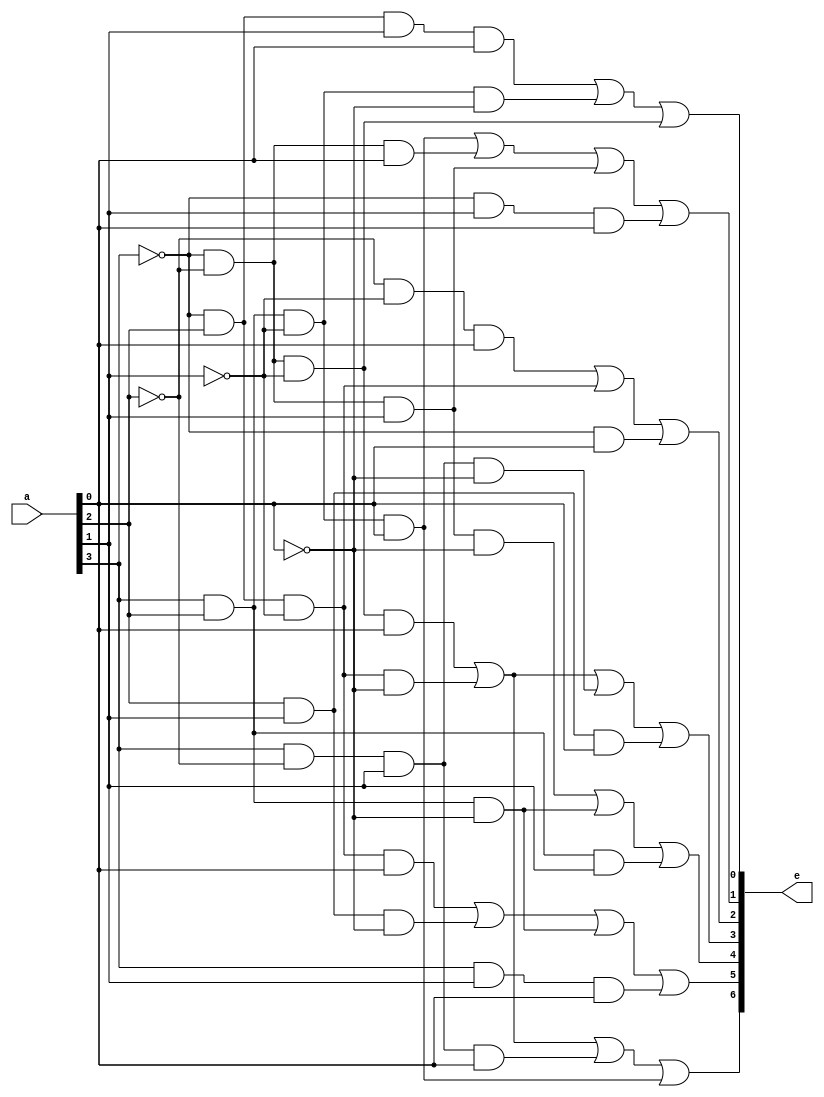
//7 SEGMENT DECODER MODULE
module decoder(a,e);

input [3:0] a;
output [6:0] e;


//0
assign e[6] =(~a[3]&~a[2]&~a[1]&a[0])|(~a[3]&a[2]&~a[1]&~a[0])|(a[3]&~a[2]&a[1]&a[0])|(a[3]&a[2]&~a[1]&a[0]);
//1
assign e[5] = (~a[3]&a[2]&~a[1]&a[0])|(a[2]&a[1]&~a[0])|(a[3]&a[2]&~a[0])|(a[3]&a[1]&a[0]);
//2
assign e[4]= (~a[3]&~a[2]&a[1]&~a[0])|(a[3]&a[2]&~a[0])|(a[3]&a[2]&a[1]);
//3
assign e[3]= (~a[3]&~a[2]&~a[1]&a[0])|(~a[3]&a[2]&~a[1]&~a[0])|(a[3]&~a[2]&a[1]&~a[0])|(a[2]&a[1]&a[0]);
//4
assign e[2]= (~a[2]&~a[1]&a[0])|(~a[3]&a[2]&~a[1])|(~a[3]&a[0]);
//5
assign e[1]= (a[3]&a[2]&~a[1]&a[0])|(~a[3]&~a[2]&a[0])|(~a[3]&~a[2]&a[1])|(~a[3]&a[1]&a[0]);
//6
assign e[0]= (~a[3]&a[2]&a[1]&a[0])|(a[3]&a[2]&~a[1]&~a[0])|(~a[3]&~a[2]&~a[1]);

endmodule